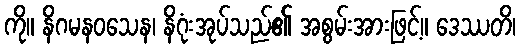
ကို။ နိဂမနဝသေန၊ နိဂုံးအုပ်သည်၏ အစွမ်းအားဖြင့်။ ဒေဿတိ၊